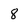
Character: 8